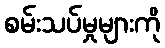
စမ်းသပ်မှုများကို